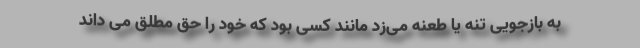
به بازجویی تنه یا طعنه می‌زد مانند کسی بود که خود را حق مطلق می داند